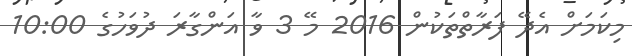
މިކަމަށް އެދޭ ފަރާތްތަކުން 2016 މޭ 3 ވާ އަންގާރަ ދުވަހުގެ 10:00